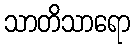
သာတိသာရော